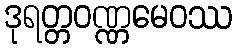
ဒုရတ္တဝဏ္ဏမေဝဿ